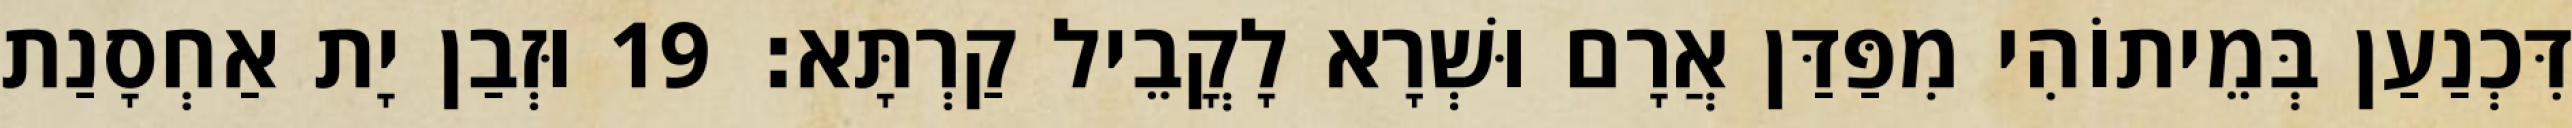
דִּכְנַעַן בְּמֵיתוֹהִי מִפַּדַּן אֲרָם וּשְׁרָא לָקֳבֵיל קַרְתָּא׃ 19 וּזְבַן יָת אַחְסָנַת